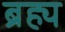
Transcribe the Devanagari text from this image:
ब्रह्य